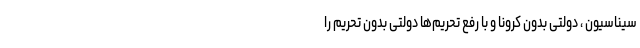
سیناسیون ، دولتی بدون کرونا و با رفع تحریم‌ها دولتی بدون تحریم را